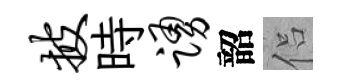
披時踊韶侣